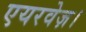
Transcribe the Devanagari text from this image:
एयरवेज़।